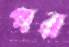
গর